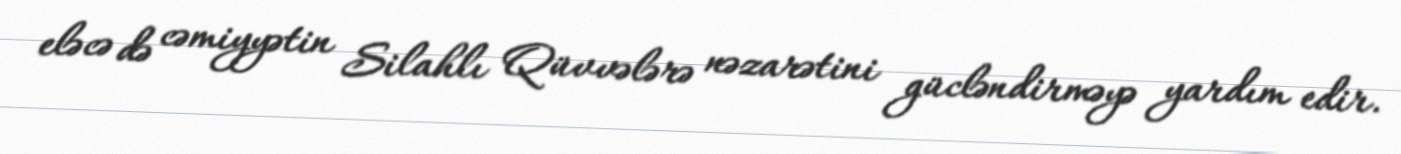
eləcə də cəmiyyətin Silahlı Qüvvələrə nəzarətini gücləndirməyə yardım edir.